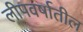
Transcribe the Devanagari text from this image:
लीपवर्षातील